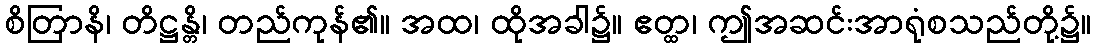
စိတြာနိ၊ တိဋ္ဌန္တိ၊ တည်ကုန်၏။ အထ၊ ထိုအခါ၌။ ဧတ္ထ၊ ဤအဆင်းအာရုံစသည်တို့၌။